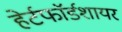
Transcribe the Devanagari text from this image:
हेर्टफाॅर्डशायर